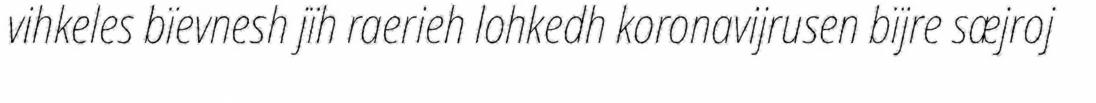
vihkeles bïevnesh jïh raerieh lohkedh koronavijrusen bïjre sæjroj